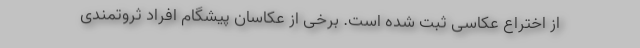
از اختراع عکاسی ثبت شده است. برخی از عکاسان پیشگام افراد ثروتمندی